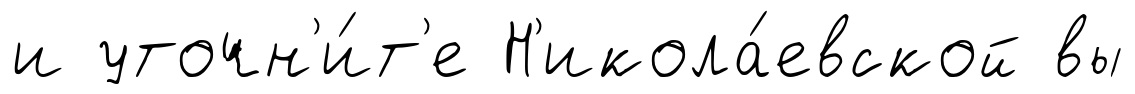
и уточн'и́т'е Н'икола́евской вы